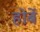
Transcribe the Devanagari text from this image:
होर्बे